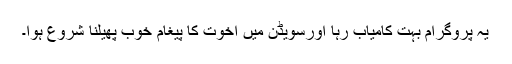
یہ پروگرام بہت کامیاب رہا اورسویڈن میں اخوت کا پیغام خوب پھیلنا شروع ہوا۔